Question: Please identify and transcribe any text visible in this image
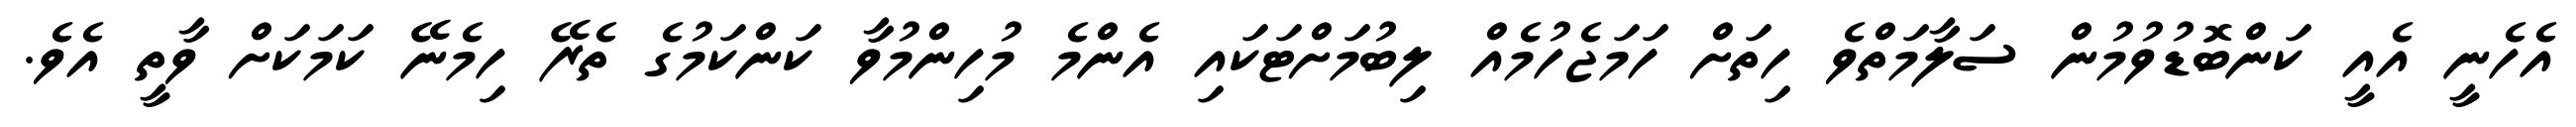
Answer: އެހެނީ އެއީ ކަންބޮޑުވުމުން ސަލާމަތްވެ ހިތަށް ހަމަޖެހުމެއް ލިބުމަށްޓަކައި އެންމެ މުހިންމުވާ ކަންކަމުގެ ތެރޭ ހިމެނޭ ކަމަކަށް ވާތީ އެވެ.